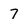
Character: 7